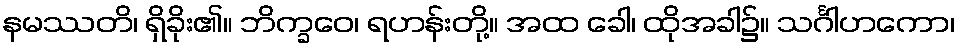
နမဿတိ၊ ရှိခိုး၏။ ဘိက္ခဝေ၊ ရဟန်းတို့။ အထ ခေါ၊ ထိုအခါ၌။ သင်္ဂါဟကော၊